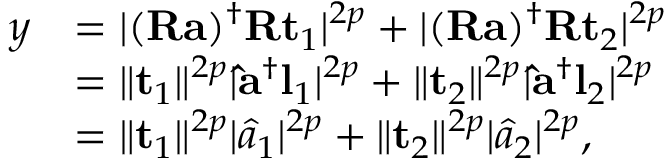
\begin{array} { r l } { y } & { = \lvert ( \mathbf { R } \mathbf { a } ) ^ { \dag } \mathbf { R } \mathbf { t } _ { 1 } \rvert ^ { 2 p } + \lvert ( \mathbf { R } \mathbf { a } ) ^ { \dag } \mathbf { R } \mathbf { t } _ { 2 } \rvert ^ { 2 p } } \\ & { = \lVert \mathbf { t } _ { 1 } \rVert ^ { 2 p } \lvert \mathbf { \hat { a } } ^ { \dag } \mathbf { l } _ { 1 } \rvert ^ { 2 p } + \lVert \mathbf { t } _ { 2 } \rVert ^ { 2 p } \lvert \mathbf { \hat { a } } ^ { \dag } \mathbf { l } _ { 2 } \rvert ^ { 2 p } } \\ & { = \lVert \mathbf { t } _ { 1 } \rVert ^ { 2 p } \lvert \hat { a } _ { 1 } \rvert ^ { 2 p } + \lVert \mathbf { t } _ { 2 } \rVert ^ { 2 p } \lvert \hat { a } _ { 2 } \rvert ^ { 2 p } , } \end{array}